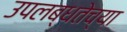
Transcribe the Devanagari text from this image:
उपलब्धतेच्या